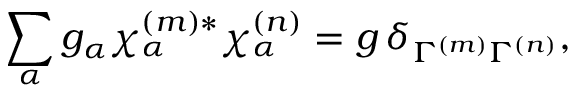
\sum _ { \alpha } g _ { \alpha } \chi _ { \alpha } ^ { ( m ) * } \chi _ { \alpha } ^ { ( n ) } = g \, \delta _ { \Gamma ^ { ( m ) } \Gamma ^ { ( n ) } } ,